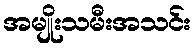
အမျိုးသမီးအသင်း